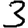
Digit: 3